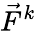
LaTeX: \vec{F}^{k}